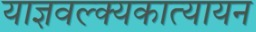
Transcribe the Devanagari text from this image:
याज्ञवल्क्यकात्यायन